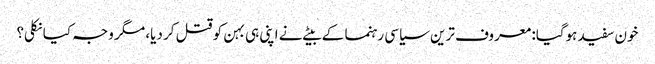
خون سفید ہوگیا: معروف ترین سیاسی رہنما کے بیٹے نے اپنی ہی بہن کو قتل کر دیا، مگر وجہ کیا نکلی؟